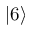
| 6 \rangle